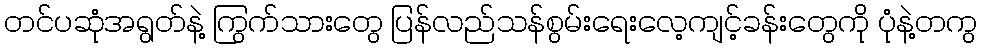
တင်ပဆုံအရွတ်နဲ့ ကြွက်သားတွေ ပြန်လည်သန်စွမ်းရေးလေ့ကျင့်ခန်းတွေကို ပုံနဲ့တကွ